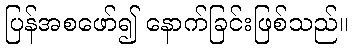
ပြန်အစဖော်၍ နောက်ခြင်းဖြစ်သည်။